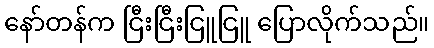
နော်တန်က ငြီးငြီးငြူငြူ ပြောလိုက်သည်။